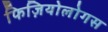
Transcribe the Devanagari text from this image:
फिज़ियोलोगस